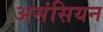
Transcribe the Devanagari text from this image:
असंसियन